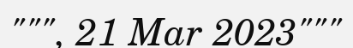
""", 21 Mar 2023"""